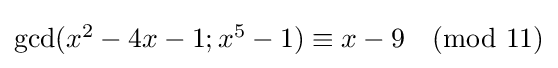
{\textstyle \gcd(x^{2}-4x-1;x^{5}-1)\equiv x-9{\pmod {11}}}